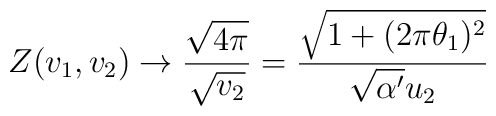
Z(v_1,v_2)\rightarrow \frac{\sqrt{4\pi}}{\sqrt{v_2}}=\frac{\sqrt{1+(2\pi\theta_1)^2}}{\sqrt{\alpha'}u_2}